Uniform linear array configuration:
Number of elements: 8
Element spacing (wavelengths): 1
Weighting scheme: cosine
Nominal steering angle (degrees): -15
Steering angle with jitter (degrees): -16.608
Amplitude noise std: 0.05
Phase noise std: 0.05

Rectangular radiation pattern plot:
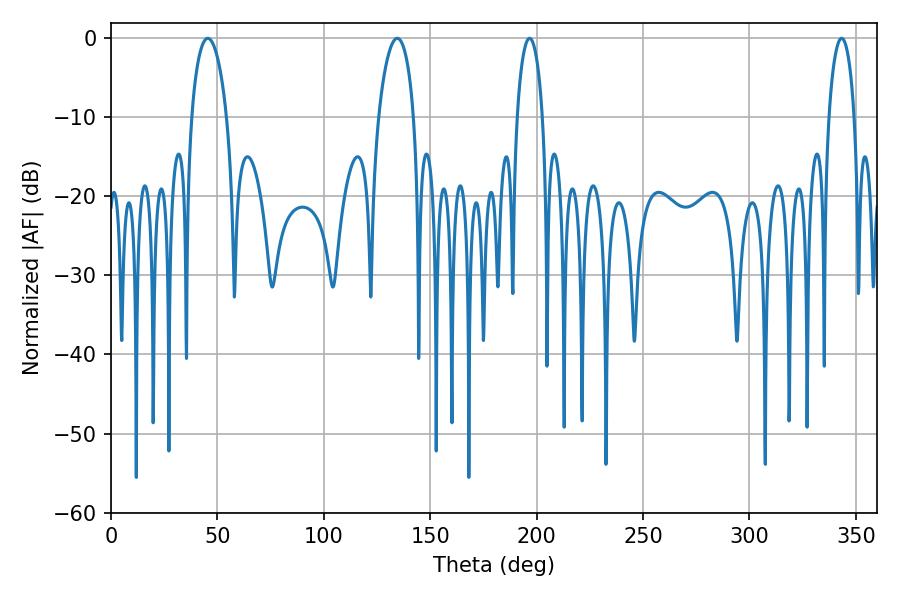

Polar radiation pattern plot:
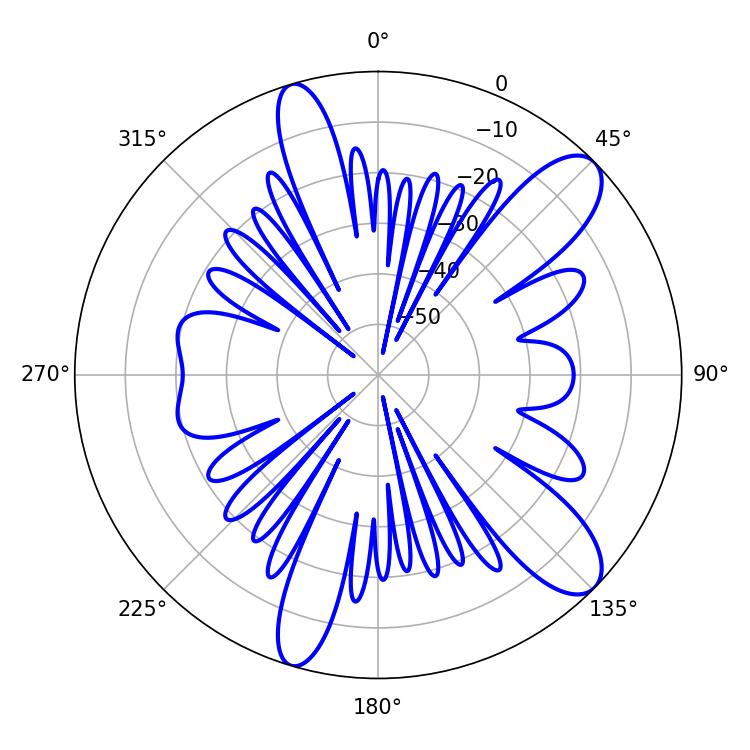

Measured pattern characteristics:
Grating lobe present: TRUE
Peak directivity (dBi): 10.565
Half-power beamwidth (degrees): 9.36
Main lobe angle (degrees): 45.54